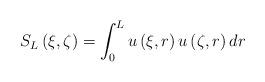
LaTeX: \begin{align*} S_{L}\left(\xi,\zeta\right)=\int_{0}^{L}u\left(\xi,r\right)u\left(\zeta,r\right)dr\end{align*}